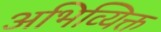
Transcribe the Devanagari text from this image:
अभिव्यिक्त